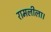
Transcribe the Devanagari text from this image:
रामलीला।